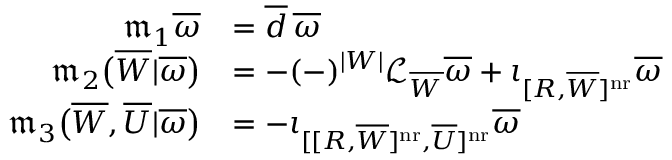
\begin{array} { r l } { \mathfrak m _ { 1 } \overline { \omega } } & { = \overline { d } \, \overline { \omega } } \\ { \mathfrak m _ { 2 } \big ( \overline { W } | \overline { \omega } \big ) } & { = - ( - ) ^ { | W | } \mathcal L _ { \overline { W } } \overline { \omega } + \iota _ { [ R , \overline { W } ] ^ { \mathrm { n r } } } \overline { \omega } } \\ { \mathfrak m _ { 3 } \big ( \overline { W } , \overline { U } | \overline { \omega } \big ) } & { = - \iota _ { [ [ R , \overline { W } ] ^ { \mathrm { n r } } , \overline { U } ] ^ { \mathrm { n r } } } \overline { \omega } } \end{array}